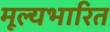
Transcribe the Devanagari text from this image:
मूल्यभारित